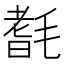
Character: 𣯆